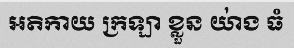
អតិកាយ ក្រឡា ខ្លួន យា់ង ធំ